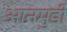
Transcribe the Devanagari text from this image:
आनमुडी